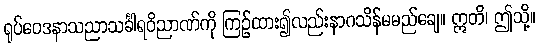
ရုပ်ဝေဒနာသညာသင်္ခါရဝိညာဏ်ကို ကြဉ်ထား၍လည်းနာဂသိန်မမည်ချေ။ ဣတိ၊ ဤသို့။